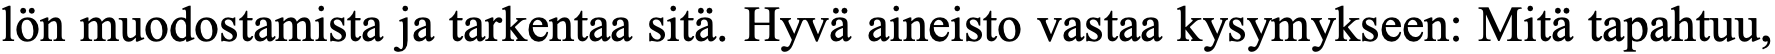
lön muodostamista ja tarkentaa sitä. Hyvä aineisto vastaa kysymykseen: Mitä tapahtuu,